Civil Veterinary Department Bengal reports 1933-51 - 1933-1951
Year: 1933
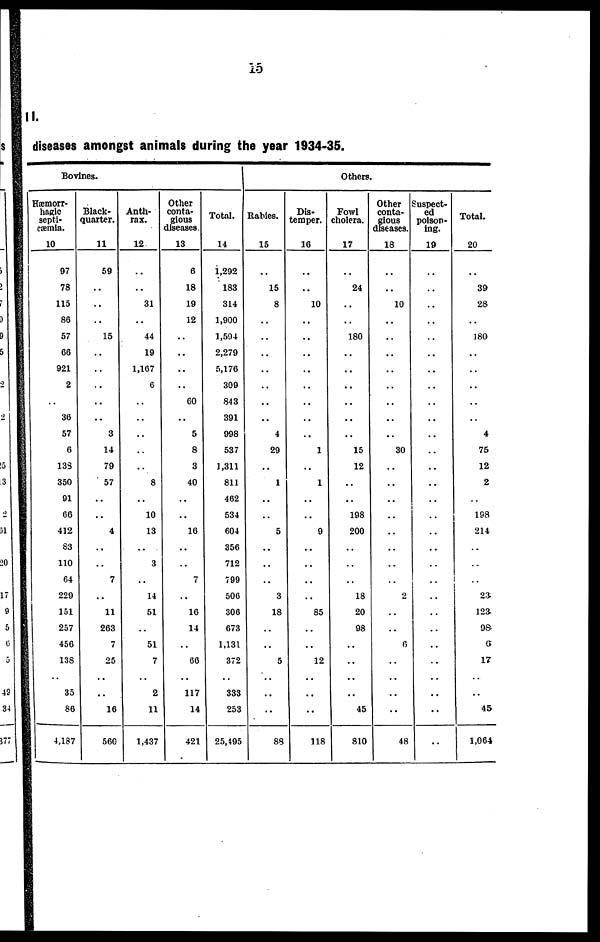
15
II.
diseases amongst animals during the year 1934-35.
Bovines.
Hæmorr-
hagic
septi-
cæmia.
10
97
78
115
86
57
66
921
2
..
36
57
6
133
350
91
66
412
83
110
64
229
151
257
456
138
35
86
4,187
Black-
quarter.
11
59
..
..
..
15
..
..
..
..
..
3
14
79
57
..
..
4
..
7
11
263
7
25
..
16
560
Anth-
rax.
12
..
..
31
..
44
19
1,167
6
..
..
..
..
..
8
..
10
13
..
3
..
14
51
..
51
7
2
11
1,437
Other
conta-
gious
diseases
13
6
18
19
12
..
..
..
..
60
..
5
8
3
40
..
..
16
..
..
7
..
16
14
..
66
117
14
421
Total.
14
1,292
183
314
1,900
1,594
2,279
5,176
309
843
391
998
537
1,311
811
462
534
604
356
712
799
500
300
673
1,131
372
333
253
25,495
Others
Rabies.
15
..
15
8
..
..
..
..
..
..
..
4
29
..
1
..
..
5
..
..
..
3
18
..
..
5
..
..
88
Dis-
temper.
16
..
..
10
..
..
..
..
..
..
..
..
1
..
1
..
..
9
..
..
..
..
85
..
..
12
..
..
118
Fowl
cholera.
17
..
24
..
..
180
..
..
..
..
..
..
15
12
..
..
198
200
..
..
..
18
20
98
..
..
..
45
810
Other
conta-
gious
diseases.
18
..
..
10
..
..
..
..
..
..
..
..
30
..
..
..
..
..
..
..
..
2
..
..
6
..
..
..
48
Suspect-
ed
poison-
ing.
19
..
..
..
..
..
..
..
..
..
..
..
..
..
..
..
..
..
..
..
..
..
..
..
..
..
..
..
..
Total.
20
..
39
28
..
180
..
..
..
..
..
4
75
12
2
..
168
214
..
..
..
23
123
98
6
17
..
45
1,064